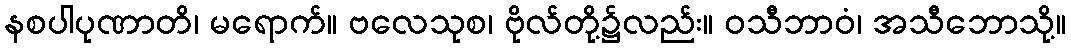
နစပါပုဏာတိ၊ မရောက်။ ဗလေသုစ၊ ဗိုလ်တို့၌လည်း။ ဝသီဘာဝံ၊ အသီဘောသို့။